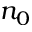
n _ { 0 }